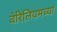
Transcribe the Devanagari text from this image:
बेरिलियमच्या